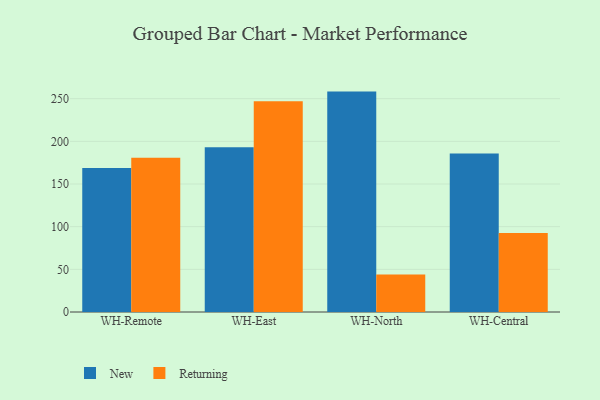
{"axis": {"x": "Warehouse", "y": "Production Output"}, "legend": ["New", "Returning"], "data": [{"x": "WH-Remote", "y": 168.7, "type": "New"}, {"x": "WH-Remote", "y": 180.9, "type": "Returning"}, {"x": "WH-East", "y": 193.2, "type": "New"}, {"x": "WH-East", "y": 246.9, "type": "Returning"}, {"x": "WH-North", "y": 258.3, "type": "New"}, {"x": "WH-North", "y": 44.0, "type": "Returning"}, {"x": "WH-Central", "y": 185.9, "type": "New"}, {"x": "WH-Central", "y": 92.7, "type": "Returning"}]}